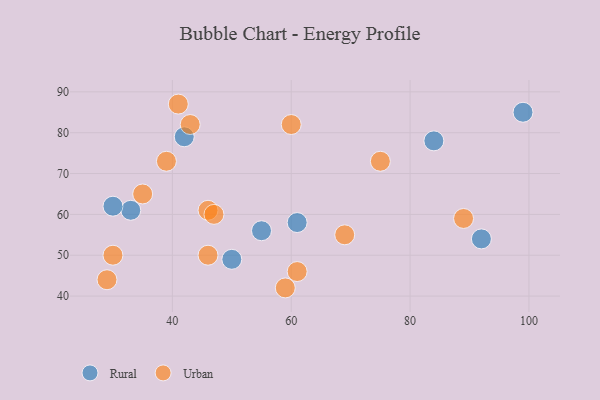
{"axis": {"x": "GDP", "y": "Life Expectancy"}, "legend": ["Rural", "Urban"], "data": [{"x": "61", "y": 58, "type": "Rural"}, {"x": "92", "y": 54, "type": "Rural"}, {"x": "55", "y": 56, "type": "Rural"}, {"x": "33", "y": 61, "type": "Rural"}, {"x": "50", "y": 49, "type": "Rural"}, {"x": "30", "y": 62, "type": "Rural"}, {"x": "42", "y": 79, "type": "Rural"}, {"x": "84", "y": 78, "type": "Rural"}, {"x": "99", "y": 85, "type": "Rural"}, {"x": "43", "y": 82, "type": "Urban"}, {"x": "30", "y": 50, "type": "Urban"}, {"x": "39", "y": 73, "type": "Urban"}, {"x": "61", "y": 46, "type": "Urban"}, {"x": "46", "y": 61, "type": "Urban"}, {"x": "75", "y": 73, "type": "Urban"}, {"x": "60", "y": 82, "type": "Urban"}, {"x": "59", "y": 42, "type": "Urban"}, {"x": "69", "y": 55, "type": "Urban"}, {"x": "47", "y": 60, "type": "Urban"}, {"x": "46", "y": 50, "type": "Urban"}, {"x": "41", "y": 87, "type": "Urban"}, {"x": "29", "y": 44, "type": "Urban"}, {"x": "35", "y": 65, "type": "Urban"}, {"x": "89", "y": 59, "type": "Urban"}]}